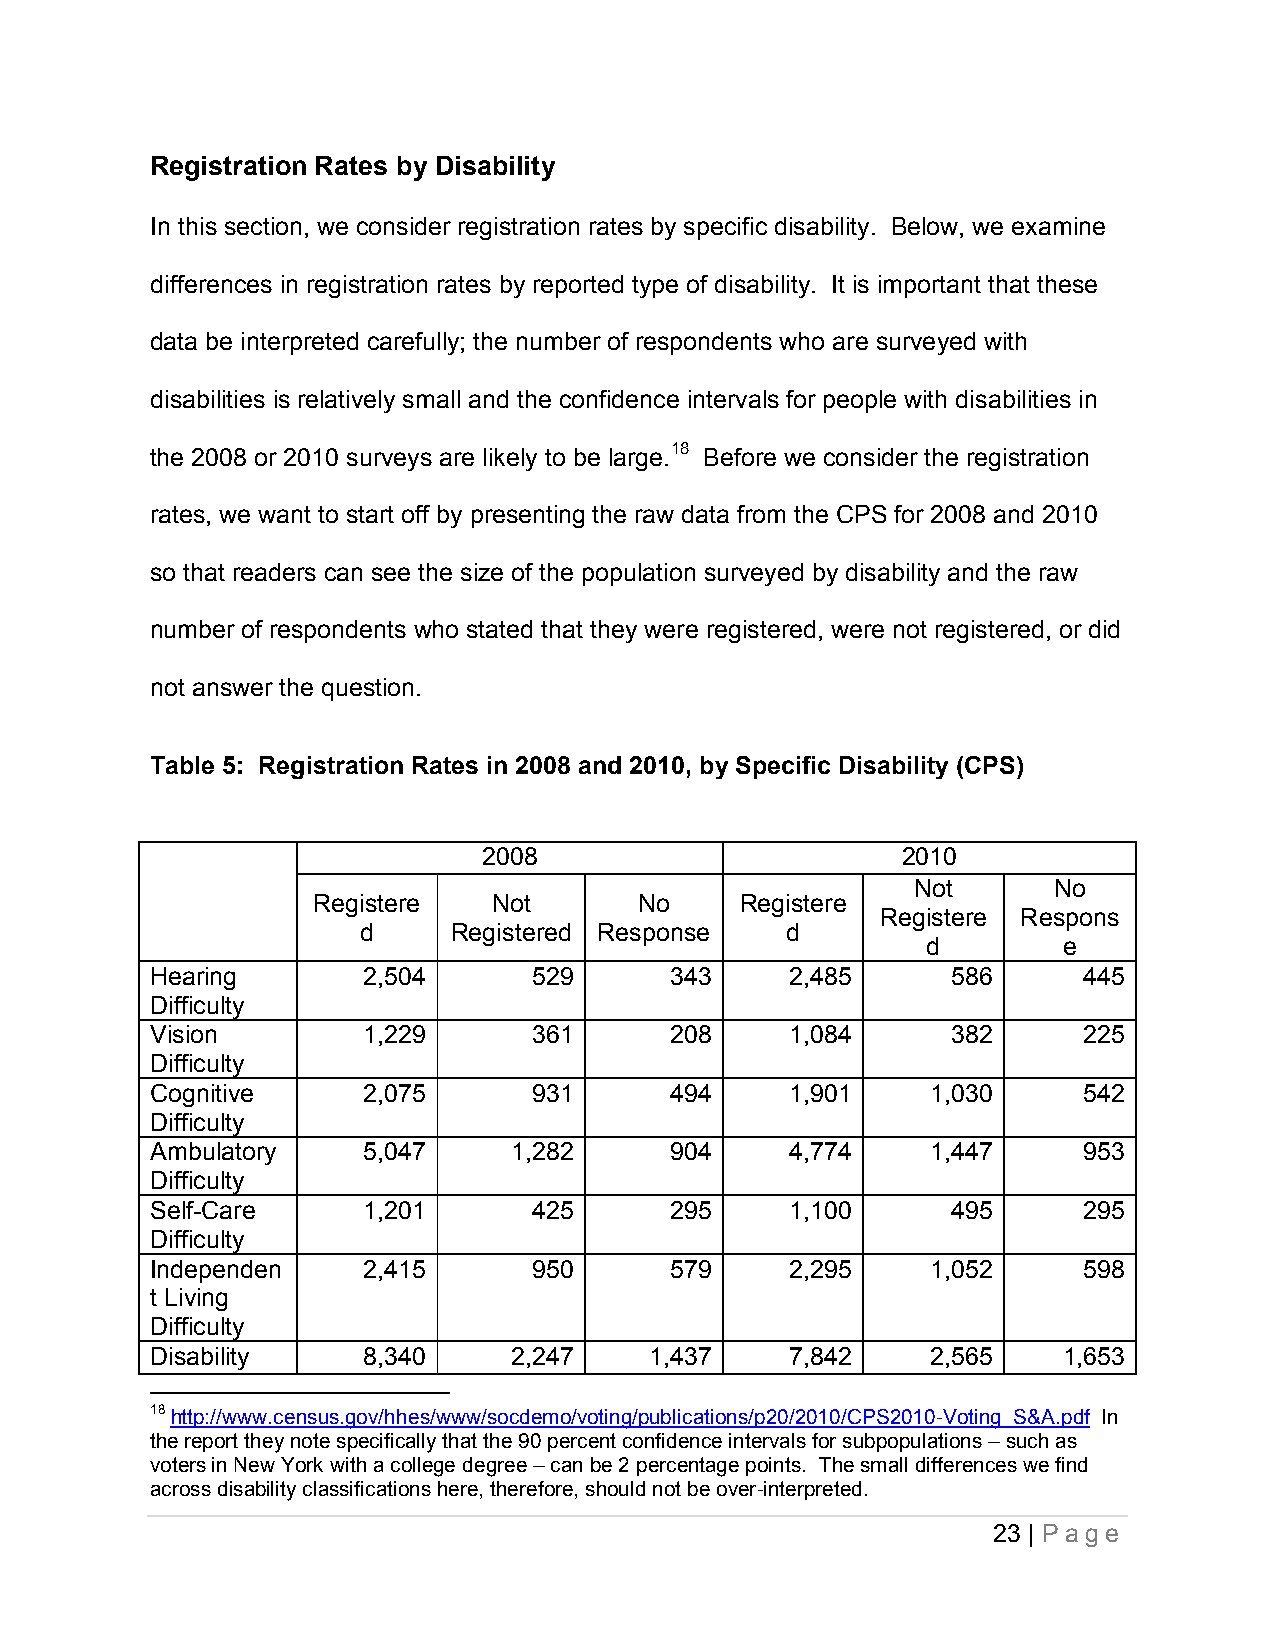
Registration Rates by Disability
 In this section, we consider registration rates by specific disability. Below, we examine
 differences in registration rates by reported type of disability. It is important that these
 data be interpreted carefully; the number of respondents who are surveyed with
 disabilities is relatively small and the confidence intervals for people with disabilities in
 the 2008 or 2010 surveys are likely to be large.18 Before we consider the registration
 rates, we want to start off by presenting the raw data from the CPS for 2008 and 2010
 so that readers can see the size of the population surveyed by disability and the raw
 number of respondents who stated that they were registered, were not registered, or did
 not answer the question.
 Table 5: Registration Rates in 2008 and 2010, by Specific Disability (CPS)
 2008                        2010
 Not      No
 Registere   Not      No     Registere
 Registere Respons
 d     Registered Response   d
 d        e
 Hearing       2,504      529      343     2,485      586      445
 Difficulty
 Vision        1,229      361      208     1,084      382      225
 Difficulty
 Cognitive     2,075      931      494     1,901     1,030     542
 Difficulty
 Ambulatory    5,047     1,282     904     4,774     1,447     953
 Difficulty
 Self-Care     1,201      425      295     1,100      495      295
 Difficulty
 Independen    2,415      950      579     2,295     1,052     598
 t Living
 Difficulty
 Disability    8,340     2,247    1,437    7,842     2,565   1,653
 18 http://www.census.gov/hhes/www/socdemo/voting/publications/p20/2010/CPS2010-Voting_S&A.pdf In
 the report they note specifically that the 90 percent confidence intervals for subpopulations – such as
 voters in New York with a college degree – can be 2 percentage points. The small differences we find
 across disability classifications here, therefore, should not be over-interpreted.
 23 | P a ge